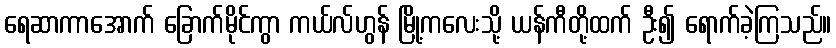
ရေဆာကာအောက် ခြောက်မိုင်ကွာ ကယ်လ်ဟွန် မြို့ကလေးသို့ ယန်ကီတို့ထက် ဦး၍ ရောက်ခဲ့ကြသည်။